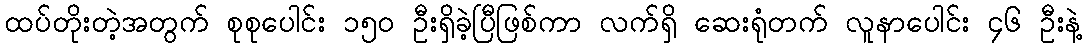
ထပ်တိုးတဲ့အတွက် စုစုပေါင်း ၁၅၀ ဦးရှိခဲ့ပြီဖြစ်ကာ လက်ရှိ ဆေးရုံတက် လူနာပေါင်း ၄၆ ဦးနဲ့